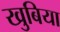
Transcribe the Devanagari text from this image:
खुबिया